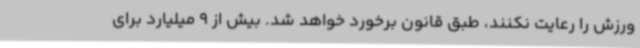
ورزش را رعایت نکنند، طبق قانون برخورد خواهد شد. بیش از 9 میلیارد برای